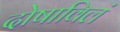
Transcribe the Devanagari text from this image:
दोषाविलं